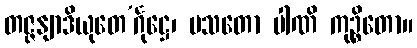
တဇ္ဇနျာဒိယုတေ’င်္ဂုဋ္ဌေ၊ ပသတော ပါဏိ ကုဉ္စိတော။